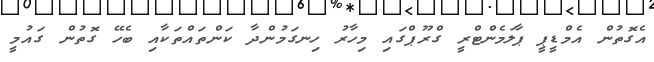
އެގޮތުން އެމްޑީޕީ ޕާލަމެންޓްރީ ގްރޫޕްގައި މިހާރު ހިނގަމުންދާ ކަންތައްތަކާއި ބެހޭ ގޮތުން ގައުމީ